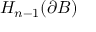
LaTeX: H _ { n - 1 } ( \partial B )